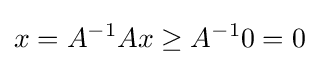
x=A^{-1}Ax\geq A^{-1}0=0